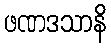
ဖဏဒသာနိ